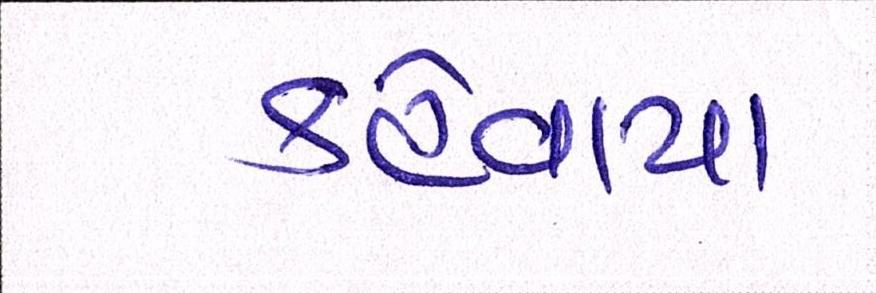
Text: કહેવાય